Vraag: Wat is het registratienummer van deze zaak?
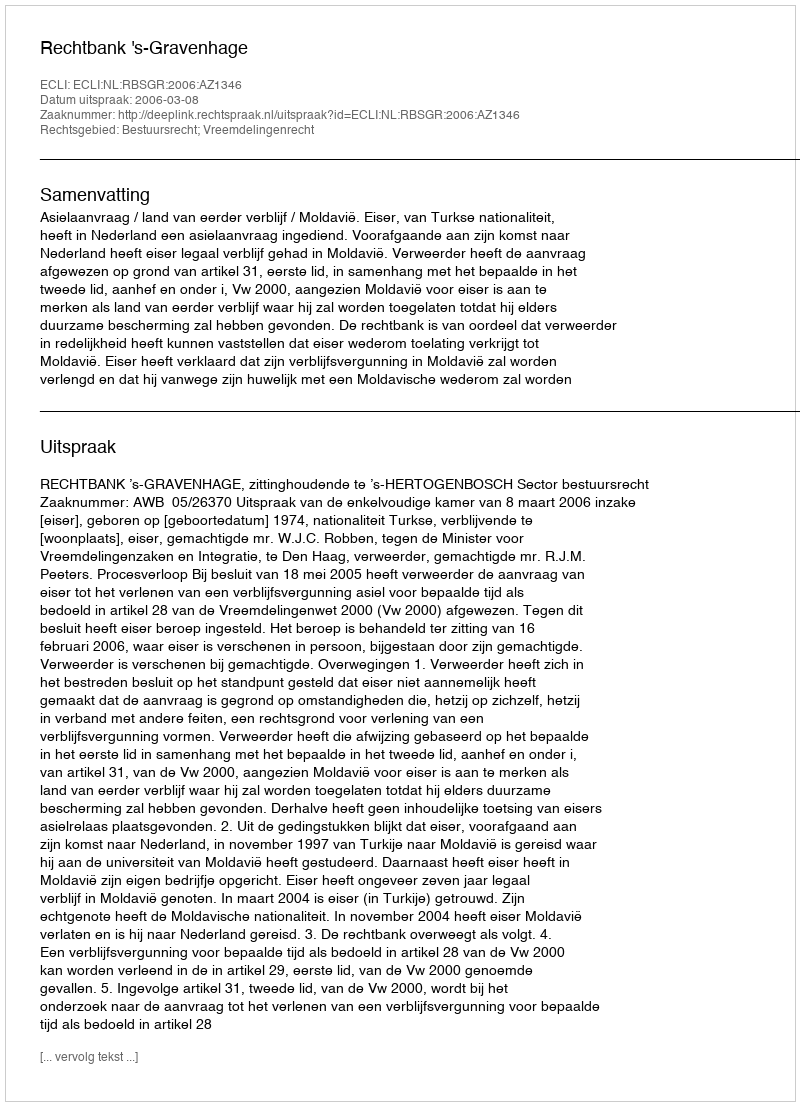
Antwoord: http://deeplink.rechtspraak.nl/uitspraak?id=ECLI:NL:RBSGR:2006:AZ1346